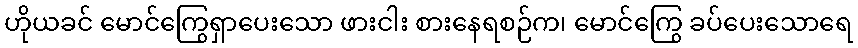
ဟိုယခင် မောင်ကြွေရှာပေးသော ဖားငါး စားနေရစဉ်က၊ မောင်ကြွေ ခပ်ပေးသောရေ